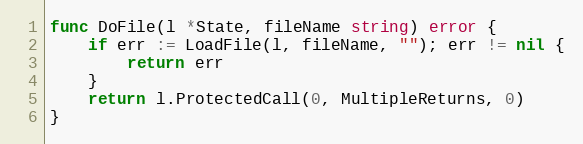
Language: Go
func DoFile(l *State, fileName string) error {
	if err := LoadFile(l, fileName, ""); err != nil {
		return err
	}
	return l.ProtectedCall(0, MultipleReturns, 0)
}